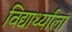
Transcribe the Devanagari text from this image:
विद्यार्थ्यांला